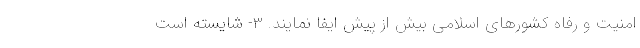
امنیت و رفاه کشورهای اسلامی بیش از پیش ایفا نمایند. ۳- شایسته است